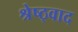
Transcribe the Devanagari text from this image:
श्रेष्ठ्वाद